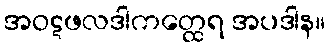
အဝဋဖလဒါကတ္ထေရ အပဒါန။